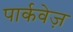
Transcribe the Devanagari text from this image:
पार्कवेज़